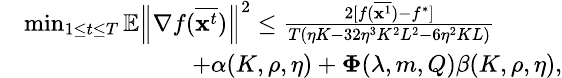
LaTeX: \small\begin{array}{rl}&{\operatorname*{min}_{1\le t\le T}\mathbb{E}\left\| \nabla f(\overline{{\mathbf{x}^{t}}})\right\| ^{2}\leq\frac{2[f(\overline{{{\mathbf x}^{1}}})-f^{*}]}{T(\eta K-32\eta^{3}K^{2}L^{2}-6\eta^{2}KL)}}\\ &{\qquad\qquad\qquad\quad+\alpha(K,\rho,\eta)+{\mathbf\Phi}(\lambda,m,Q)\beta(K,\rho,\eta),}\end{array}